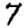
Digit: 7